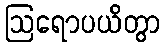
ဩရောပယိတွာ